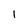
Character: l